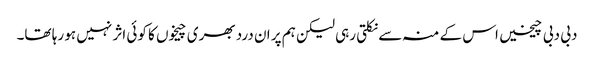
دبی دبی چیخیں اس کے منہ سے نکلتی رہی لیکن ہم پر ان درد بھری چیخوں کا کوئی اثر نہیں ہو رہا تھا۔